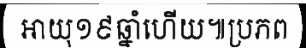
អាយុ១៩ឆ្នាំហើយ៕ប្រភព